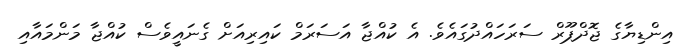
އިންޑިޔާގެ ޖޮދްޕޫރް ސަރަހައްދުގައެވެ. އެ ކުއްޖާ އަސަރަމް ކައިރިއަށް ގެނައީވެސް ކުއްޖާ މަންމައާއި